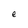
Character: e